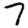
Digit: 7